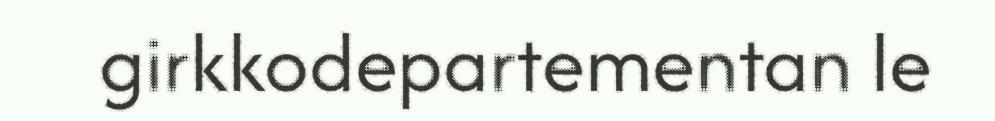
girkkodepartementan le